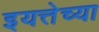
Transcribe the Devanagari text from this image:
इयत्तेच्या